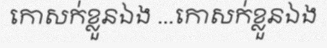
កោសក់ខ្លួនឯង ...កោសក់ខ្លួនឯង